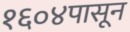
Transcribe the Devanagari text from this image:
१६०४पासून